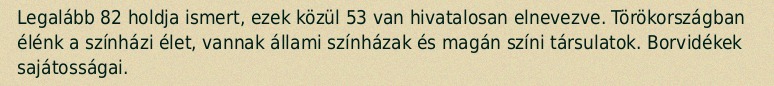
Legalább 82 holdja ismert, ezek közül 53 van hivatalosan elnevezve. Törökországban élénk a színházi élet, vannak állami színházak és magán színi társulatok. Borvidékek sajátosságai.